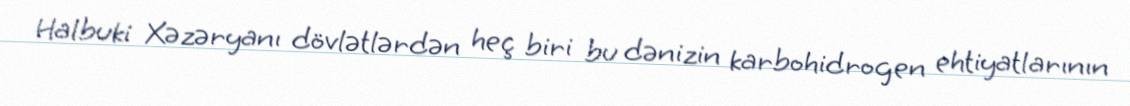
Halbuki Xəzəryanı dövlətlərdən heç biri bu dənizin karbohidrogen ehtiyatlarının